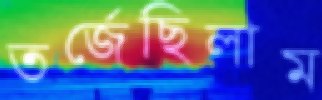
তর্জেছিলাম